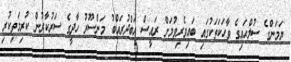
ޔަމަންގެ ސުލްޙައިގެ ވާހަކަތަކުގައި ބައިވެރިވުމަށް ރައީސް އަބްދުރައްބު މަންސޫރު ހާދީގެ ސަރުކާރުން ކުރިމަތިކުރި